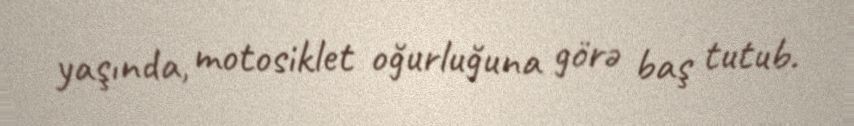
yaşında, motosiklet oğurluğuna görə baş tutub.